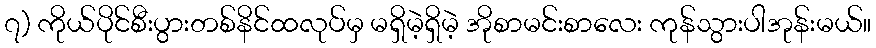
၇) ကိုယ်ပိုင်စီးပွားတစ်နိင်ထလုပ်မှ မရှိမဲ့ရှိမဲ့ အိုစာမင်းစာလေး ကုန်သွားပါအုန်းမယ်။